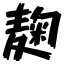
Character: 麹